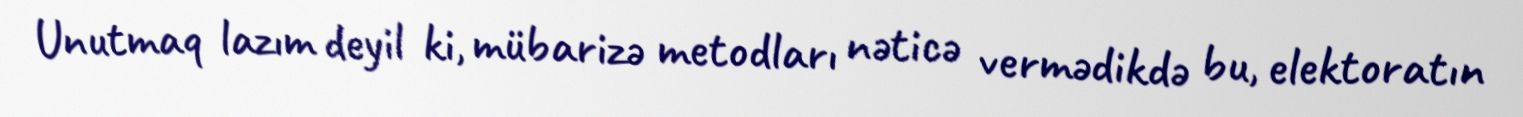
Unutmaq lazım deyil ki, mübarizə metodları nəticə vermədikdə bu, elektoratın